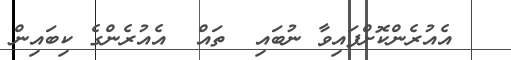
އެއުރެންކޮށްފައިވާ ނުބައި  ތައް  އެއުރެންގެ ކިބައިން